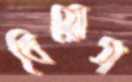
বিয়োগ